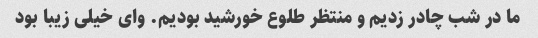
ما در شب چادر زدیم و منتظر طلوع خورشید بودیم. وای خیلی زیبا بود